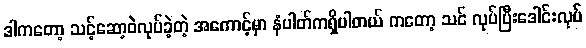
ဒါကတော့ သင့်ဆော့ဝဲလုပ်ခဲ့တဲ့ အကောင့်မှာ နံပါတ်ကရှိပါတယ် ကတော့ သင် လုပ်ပြီးဒေါင်းလုပ်